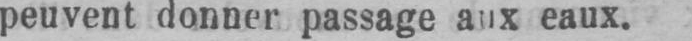
eaux.